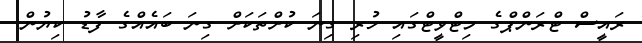
ރައީސް ޓްރަންޕްގެ މިޓްވީޓްގައި ހުރި ގިނަ ކުށްތަކަށް ގިނަ ބައެއްގެ ފާޑު ކިޔުން